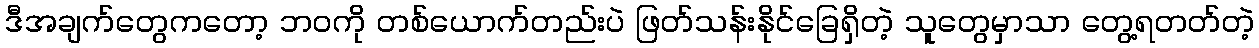
ဒီအချက်တွေကတော့ ဘဝကို တစ်ယောက်တည်းပဲ ဖြတ်သန်းနိုင်ခြေရှိတဲ့ သူတွေမှာသာ တွေ့ရတတ်တဲ့